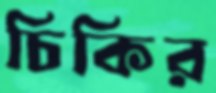
চিকির